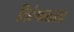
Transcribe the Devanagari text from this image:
तिरंगाळ्या